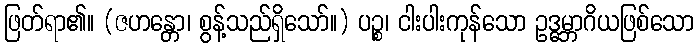
ဖြတ်ရာ၏။ (ဇဟန္တော၊ စွန့်သည်ရှိသော်။) ပဉ္စ၊ ငါးပါးကုန်သော ဥဒ္ဓမ္ဘာဂိယဖြစ်သော